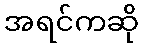
အရင်ကဆို